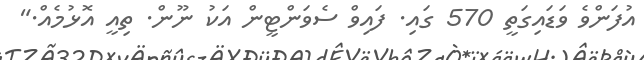
އުފަންވެ ވަޑައިގަތީ 570 ގައި. ފައިވް ސެވަންޓީން އަކު ނޫން. ތިއީ އޮޅުމެއް."